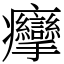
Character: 癴